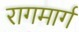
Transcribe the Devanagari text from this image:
रागमार्ग